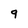
Character: 9